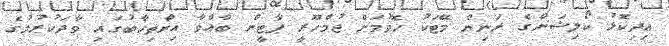
އިދިކޮޅު ކޯލިޝަންގެ ރަނިން މޭޓަކު ހޮވުމަށް ޖުމްހޫރީ ޕާޓީން ބާއްވާ އިންތިހާބުގައި ވާދަކުރުމުގެ